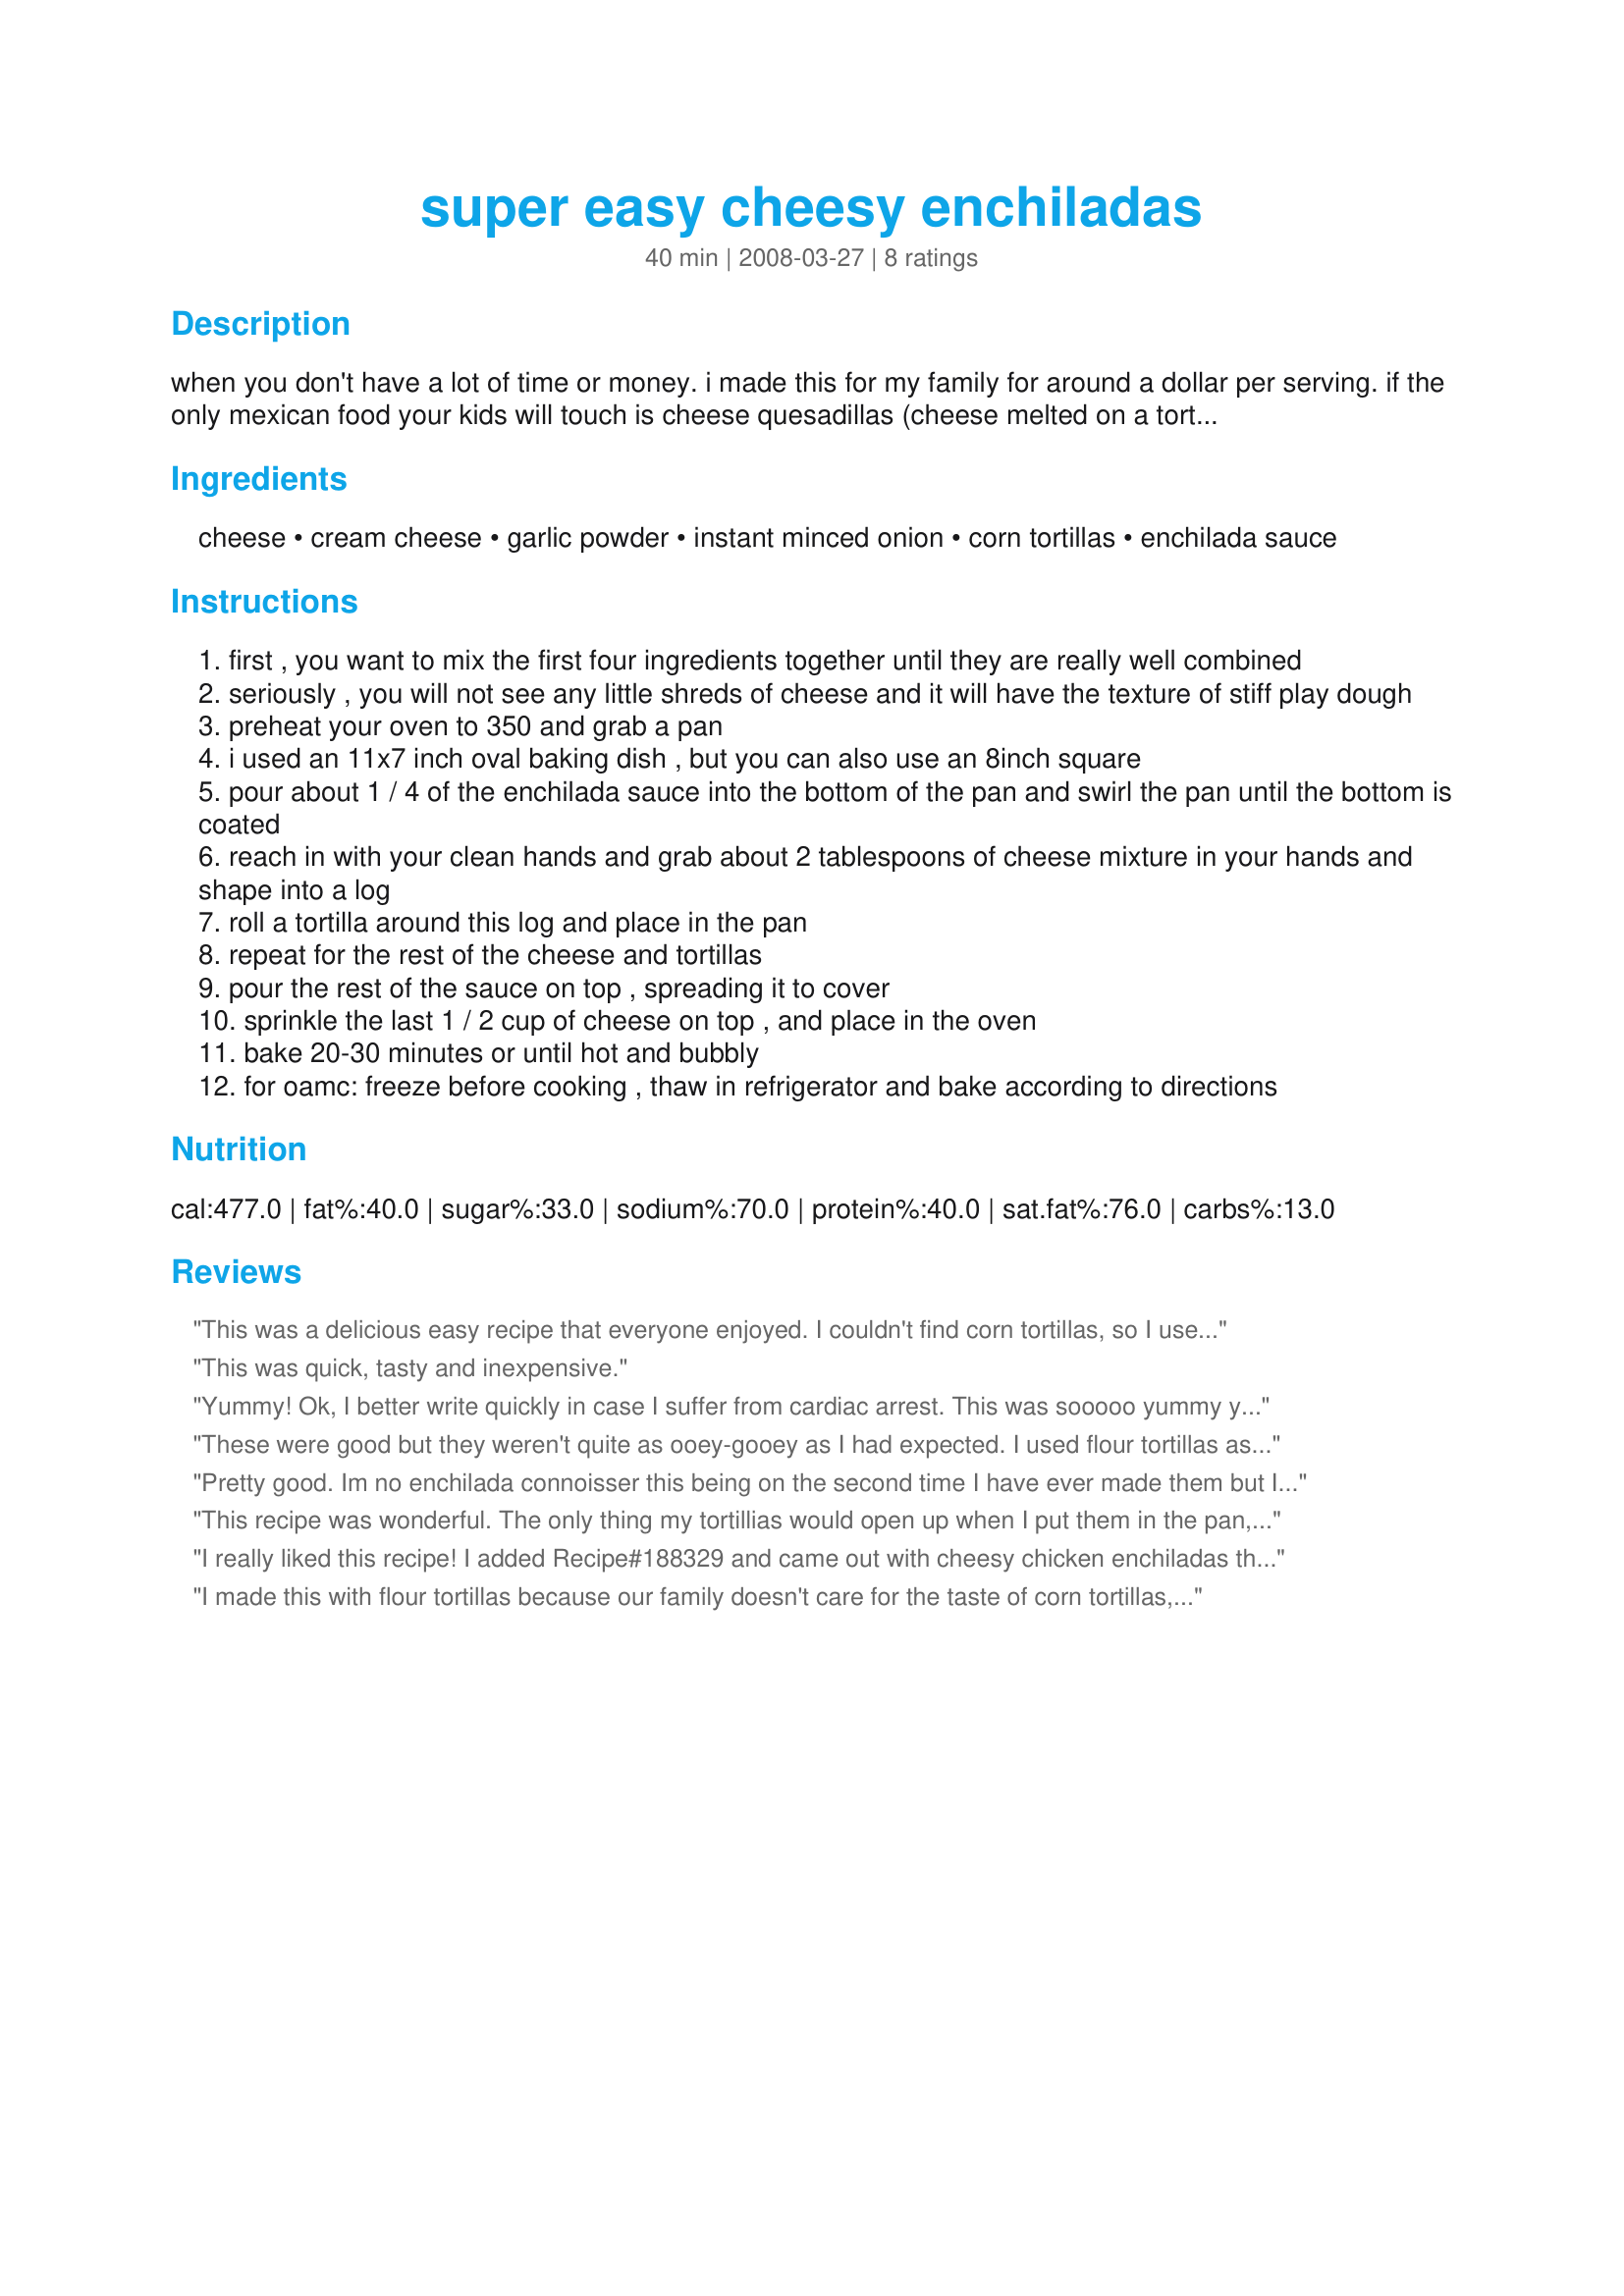
super easy cheesy enchiladas
Preparation time: 40 minutes

when you don't have a lot of time or money. i made this for my family for around a dollar per serving. if the only mexican food your kids will touch is cheese quesadillas (cheese melted on a tortilla), give this a try as a "step up". my picky picky dd was okay with cheese enchiladas when we told her it was cheese in a tortilla with a sauce on top. now she has been known to eat spinach enchiladas and chicken enchiladas! :) she gave this recipe two thumbs up. :)

Ingredients:
cheese, cream cheese, garlic powder, instant minced onion, corn tortillas, enchilada sauce

Steps:
first , you want to mix the first four ingredients together until they are really well combined
seriously , you will not see any little shreds of cheese and it will have the texture of stiff play dough
preheat your oven to 350 and grab a pan
i used an 11x7 inch oval baking dish , but you can also use an 8inch square
pour about 1 / 4 of the enchilada sauce into the bottom of the pan and swirl the pan until the bottom is coated
reach in with your clean hands and grab about 2 tablespoons of cheese mixture in your hands and shape into a log
roll a tortilla around this log and place in the pan
repeat for the rest of the cheese and tortillas
pour the rest of the sauce on top , spreading it to cover
sprinkle the last 1 / 2 cup of cheese on top , and place in the oven
bake 20-30 minutes or until hot and bubbly
for oamc: freeze before cooking , thaw in refrigerator and bake according to directions

Reviews:
This was a delicious easy recipe that everyone enjoyed. I couldn't find corn tortillas, so I used flour tortillas and I added some chicken for extra protein and flavour. It nice I was able to make them ahead of time and just put the enchilada sauce on top before putting them in the oven. I served it with My Version of Mexican Rice #266455 and Mexican Corn and Black Bean Salad # 90800 and had a great meal. Thanks for creating such a tasty recipe.
This was quick, tasty and inexpensive.
Yummy! Ok, I better write quickly in case I suffer from cardiac arrest. This was sooooo yummy yet soooooo not healthy. I did add a bit more cheese on top and about 1/2 cup more to the mix. I used a 9" square dish so that the sauce would stretch. I also soaked each tortilla for a few seconds in the sauce to ensure that the flavor was uniform throughout the enchilada. We served ours with taco sauce and sour cream. I normally love sour cream with everything. But, I prefered them without the sour cream. These might benefit from a little more enchilada sauce too. But, that would be personal preference. I covered with foil halfway through cooking and cooked for 25 minutes.
These were good but they weren't quite as ooey-gooey as I had expected. I used flour tortillas as that's what I had on hand, and used a 4-cheese Mexican cheese blend. I think these would be very good with chicken and/or chilies added too. Thanks CraftScout for a good comfort meal. Made for Photo Tag.
Pretty good. Im no enchilada connoisser this being on the second time I have ever made them but I am impressed. Ther were very easy and my husband loved them. He said "These are awsome, you need to make these every week!" I did take a previous posters idea and did the croppot chicken and added a cup of it in with the cheese mixture. I also used 6 medium flour tortillas since thats what I had. Oh, and I added a small can of black olives in the cheese mixture also.
This recipe was wonderful. The only thing my tortillias would open up when I put them in the pan,so I put toothpicks in them. Put only 1 1/2 tsp garlic powder and minced onions. Was just the right amount. (assumed that was 1 to 2 teaspoons not 1/2). Also put more cheese on top and only baked for 25 minutes.
I really liked this recipe! I added Recipe#188329 and came out with cheesy chicken enchiladas that my hubby loved! Next time I think I'll try another filling... the possibilities are endless! This enchilada recipe is great because of the creaminess is perfect - great consistancy and not 'too much.'
I made this with flour tortillas because our family doesn't care for the taste of corn tortillas, and I also added cubed, seasoned, cooked chicken into the mix. The enchilladas were very good. The only thing I was wondering was how the 1st 4 ingredients divided up in 2 Tbsp portions stretched to fill 12 tortillas. I used less than 2 Tbsp each and only scantily filled 7 tortillas. I used Eldeevee's idea of making them ahead of time and just putting the sauce and cheese on right before putting it into the oven. It was a huge help because I didnt' get home until dinner time, so it was nice to just throw on the sauce and cheese and pop it in the oven and have dinner ready in 30 minutes without any other preparations for the main dish. :-)
